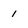
Character: 1